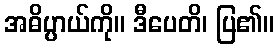
အဓိပ္ပာယ်ကို။ ဒီပေတိ၊ ပြ၏။